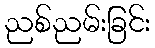
ညစ်ညမ်းခြင်း